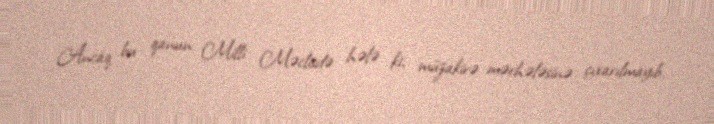
Ancaq bu qanun Milli Məclisdə hələ ki, müzakirə mərhələsinə çıxarılmayıb.